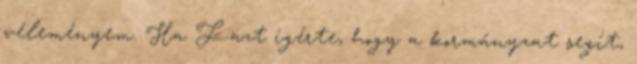
véleményem. Ha F. azt ígérte, hogy a kormányzat segít,